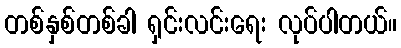
တစ်နှစ်တစ်ခါ ရှင်းလင်းရေး လုပ်ပါတယ်။